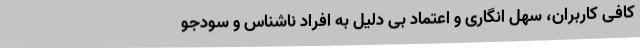
کافی کاربران، سهل انگاری و اعتماد بی دلیل به افراد ناشناس و سودجو